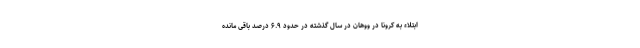
ابتلاء به کرونا در ووهان در سال گذشته در حدود ۶.۹ درصد باقی مانده